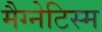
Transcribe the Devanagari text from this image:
मैग्नेटिस्म